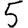
Digit: 5